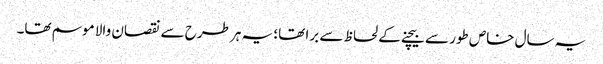
یہ سال خاص طور سے بیچنے کے لحاظ سے برا تھا؛ یہ ہر طرح سے نقصان والا موسم تھا۔